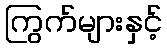
ကြွက်များနှင့်